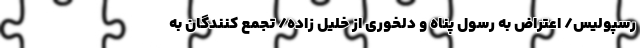
رسپولیس/ اعتراض به رسول پناه و دلخوری از خلیل زاده/ تجمع کنندگان به